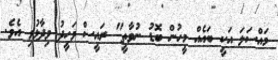
މައްސަލަ އަކީ ބައެއް މީހުން ބޮޑު ނުވާތީ" ރައީސް ވަހީދު ވިދާޅުވި އެވެ.